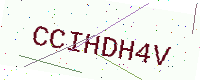
Text: CCIHDH4V